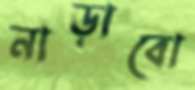
নাড়াবো